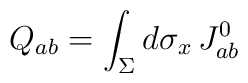
Q_{ab}=\int_{\Sigma}d\sigma_x\,J_{ab}^0